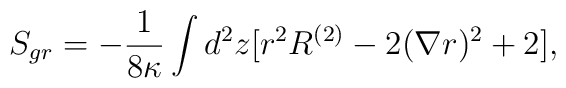
S_{gr}=- {1 \over 8\kappa}\int\limits_{}^{}d^{2}z[r^{2}R^{(2)} -2(\nabla r)^{2}+2] ,